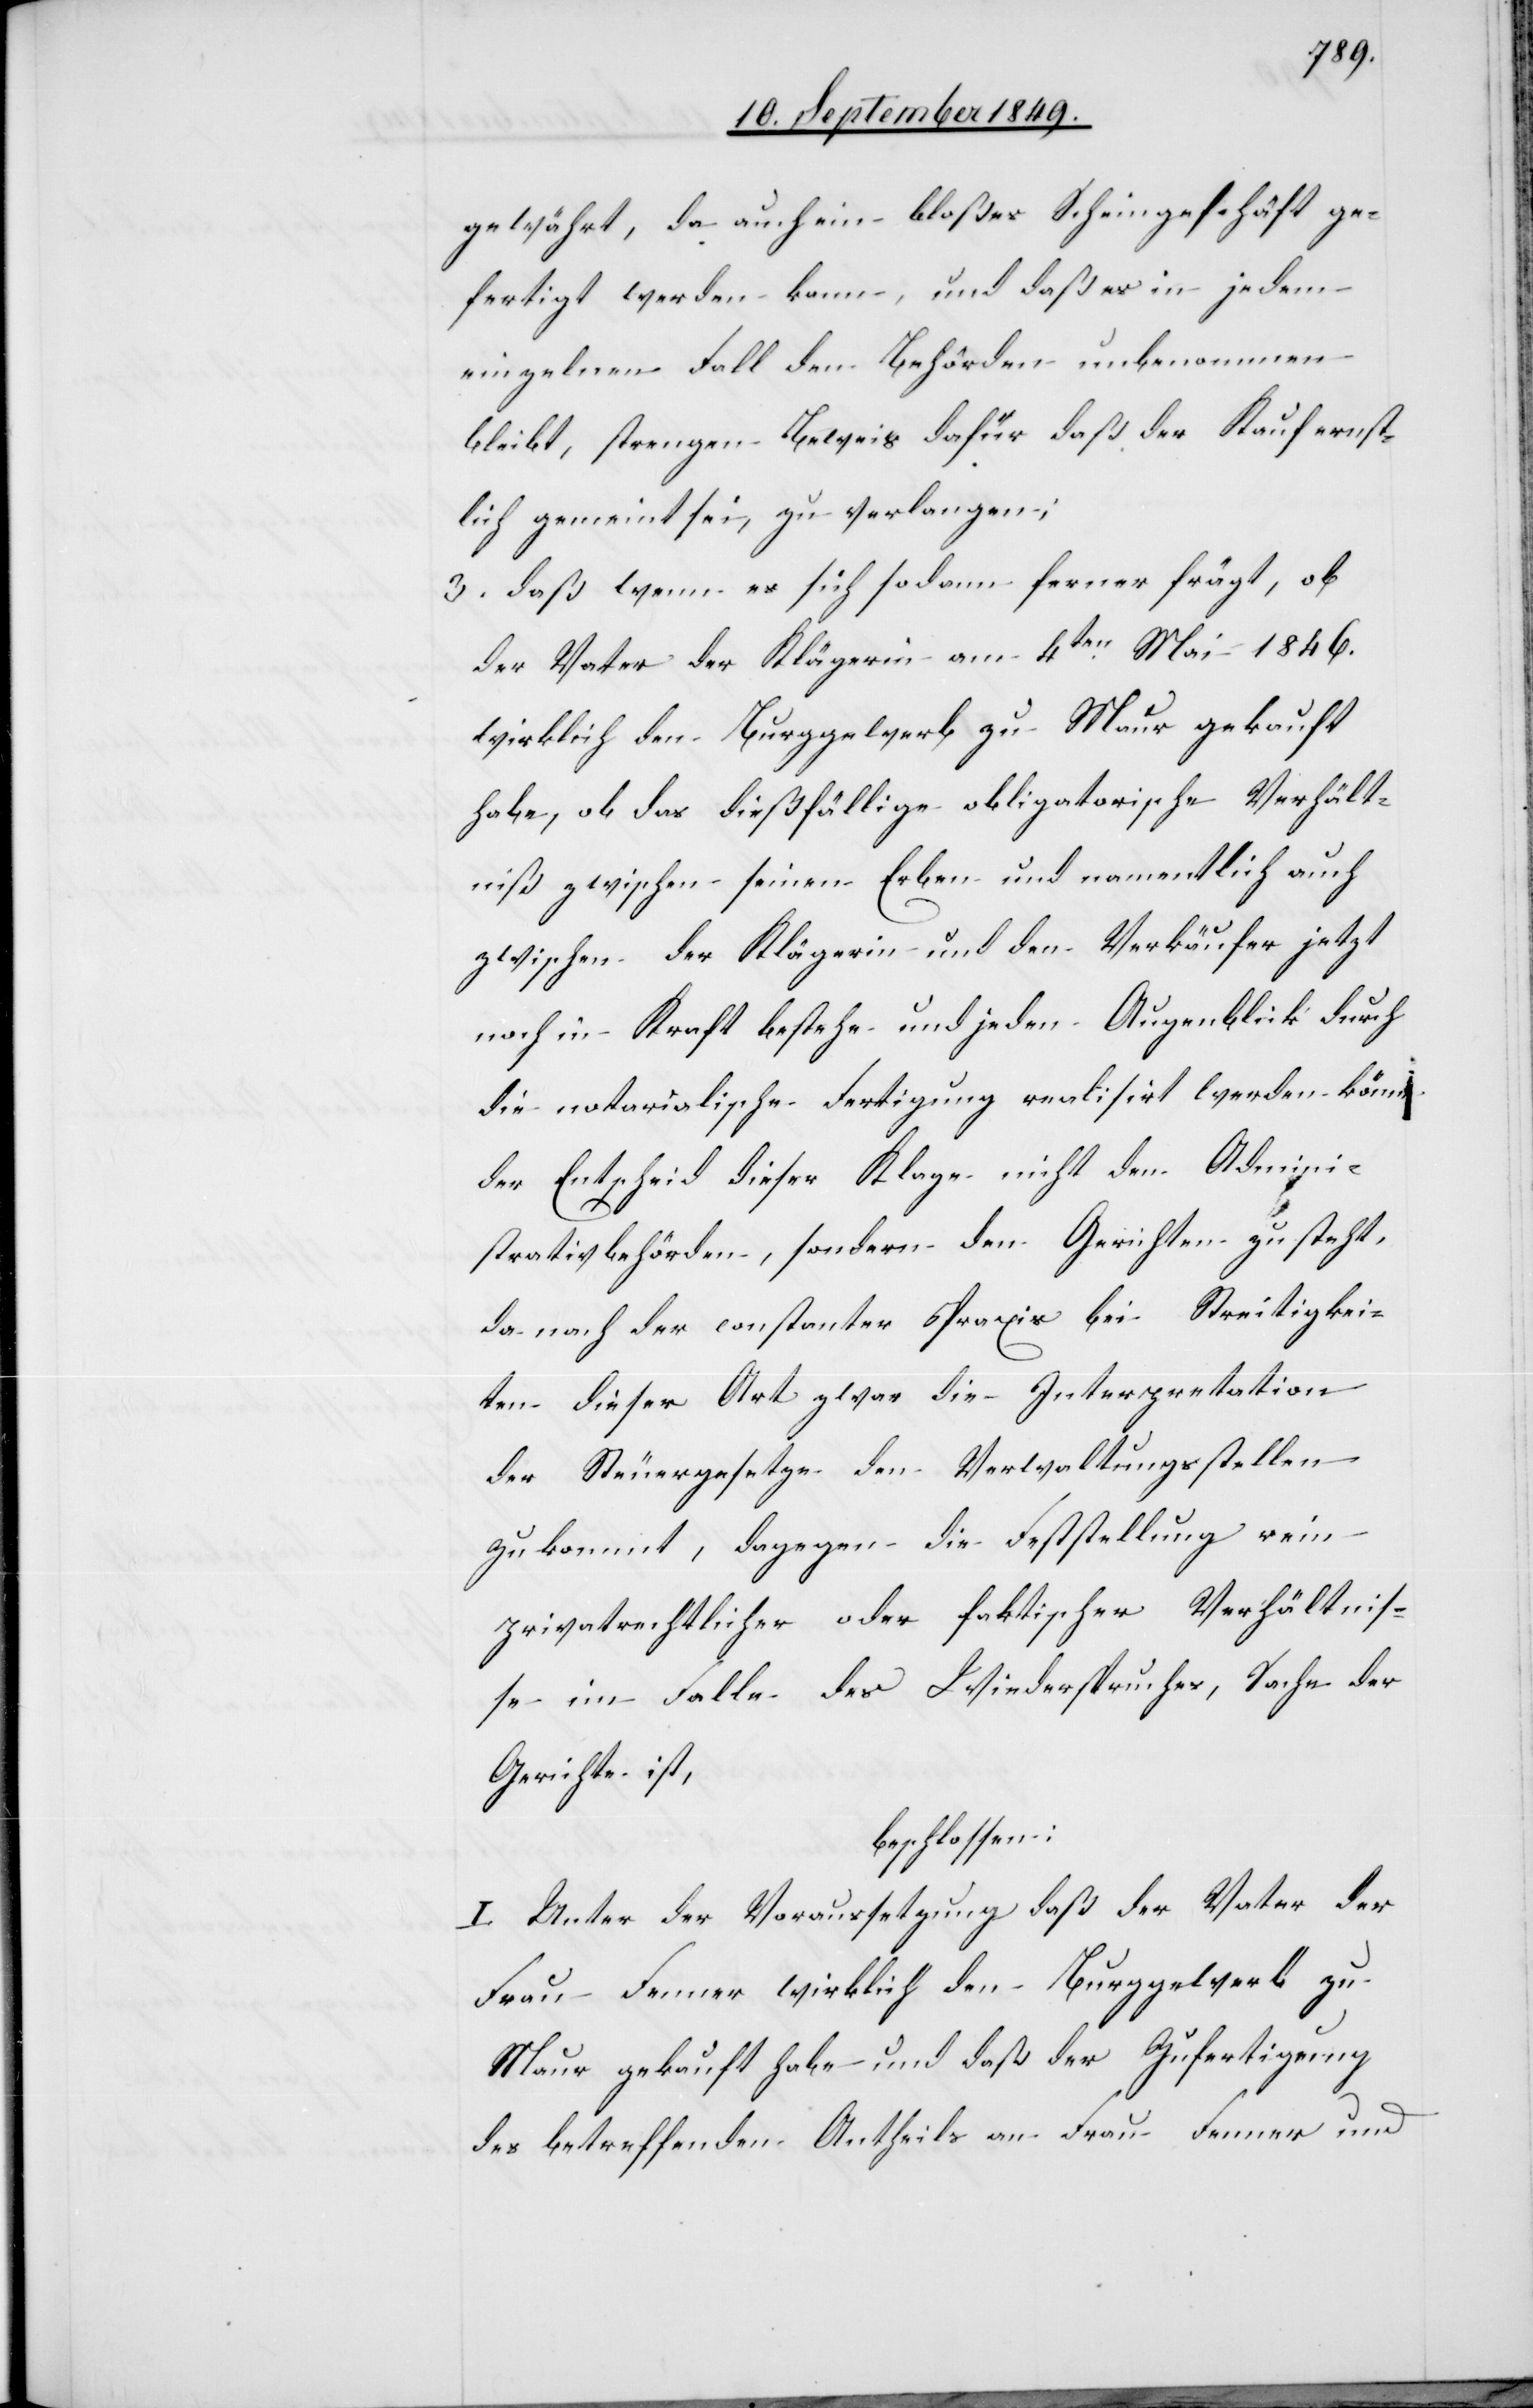
gewährt, da auch ein bloßes Scheingeschäft ge¬
fertigt werden kann, und daß es in jedem
einzelnen Fall den Behörden unbenommen
bleibt, strengen Beweis dafür daß der Kauf ernst¬
lich gemeint sei, zu verlangen;
3. daß wenn es sich sodann ferner frägt, ob
der Vater der Klägerin am 4ten Mai 1846.
wirklich den Burggewerb zu Maur gekauft
habe, ob das dießfällige obligatorische Verhält¬
niß zwischen seinen Erben und namentlich auch
zwischen der Klägerin und den Verkäufer jetzt
noch in Kraft bestehe und jeden Augenblick durch
die notarialische Fertigung realisirt werden könne
der Entscheid dieser Klage nicht den Admini¬
strativbehörden, sondern den Gerichten zu steht,
da nach der constanter Praxis bei Streitigkei¬
ten dieser Art zwar die Interpretation
der Steuergesetze den Verwaltungsstellen
zu kommt, dagegen die Feststellung rein
privatrechtlicher oder faktischer Verhältnis¬
se im Falle des Wiederspruches, Sache der
Gerichte ist,
beschlossen:
I. Unter der Voraussetzung daß der Vater der
Frau Fenner wirklich den Bruggewerb zu
Maur gekauft habe und daß der Zufertigung
des betreffenden Antheils an Frau Fenner und